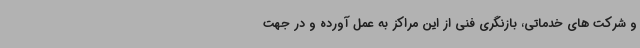
و شرکت های خدماتی، بازنگری فنی از این مراکز به عمل آورده و در جهت